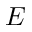
\boldsymbol { E }